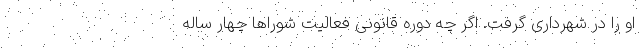
او را در شهرداری گرفت. اگر چه دوره قانونی فعالیت شوراها چهار ساله